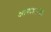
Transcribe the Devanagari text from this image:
आघाड्यांची